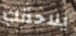
يلاحقك